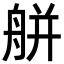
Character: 䑫